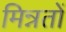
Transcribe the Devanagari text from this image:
मिन्नतों